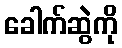
ခေါက်ဆွဲကို